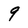
Character: 9